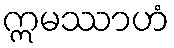
ဣမဿာဟံ